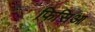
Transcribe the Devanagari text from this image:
फिसिआ